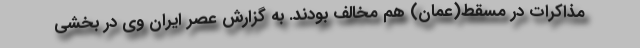
مذاکرات در مسقط(عمان) هم مخالف بودند. به گزارش عصر ایران وی در بخشی